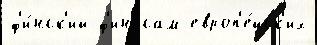
ф'и́нск'ий ф'ин сам европ'е́йск'их